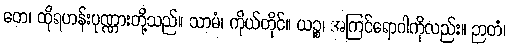
တေ၊ ထိုရဟန်းပုဏ္ဏားတို့သည်။ သာမံ၊ ကိုယ်တိုင်။ ယဉ္စ၊ အကြင်ရောဂါကိုလည်း။ ဉာတံ၊